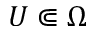
U \Subset \Omega